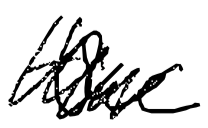
Text: the
Cross-out: mix
Writing tool: digital_black